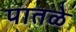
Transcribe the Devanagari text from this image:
पातळे